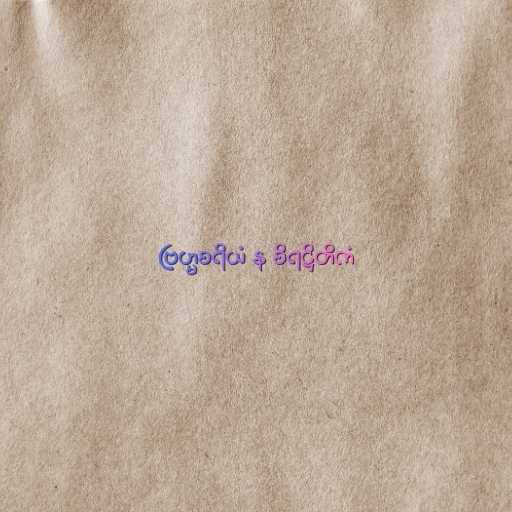
ဗြဟ္မစရိယံ န စိရဋ္ဌိတိကံ